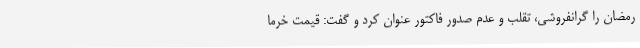
رمضان را گرانفروشی، تقلب و عدم صدور فاکتور عنوان کرد و گفت: قیمت خرما